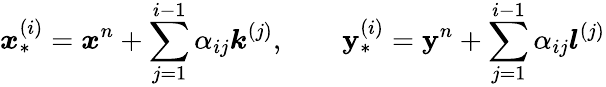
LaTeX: \boldsymbol{x}_{*}^{(i)}=\boldsymbol{x}^{n}+\sum_{j=1}^{i-1}\alpha_{ij}\boldsymbol{k}^{(j)},\qquad\boldsymbol{\mathbf{y}}_{*}^{(i)}=\boldsymbol{\mathbf{y}}^{n}+\sum_{j=1}^{i-1}\alpha_{ij}\boldsymbol{l}^{(j)}